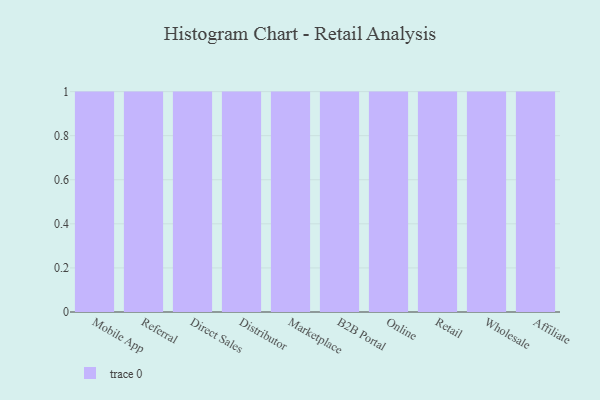
{"axis": {"x": "Channel", "y": "Temperature (°C)"}, "legend": [""], "data": [{"x": "Mobile App", "y": 2, "type": ""}, {"x": "Referral", "y": 26, "type": ""}, {"x": "Direct Sales", "y": 61, "type": ""}, {"x": "Distributor", "y": 21, "type": ""}, {"x": "Marketplace", "y": 70, "type": ""}, {"x": "B2B Portal", "y": 83, "type": ""}, {"x": "Online", "y": 34, "type": ""}, {"x": "Retail", "y": 91, "type": ""}, {"x": "Wholesale", "y": 60, "type": ""}, {"x": "Affiliate", "y": 69, "type": ""}]}